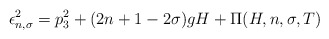
\begin{align*} \epsilon^2_{n,\sigma} = p^2_3 + (2n +1 - 2\sigma) gH + \Pi(H, n,\sigma, T)\end{align*}